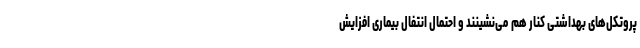
پروتکل‌های بهداشتی کنار هم می‌نشینند و احتمال انتفال بیماری افزایش